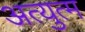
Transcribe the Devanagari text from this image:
अत्युत्म